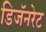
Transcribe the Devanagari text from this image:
डिजॅनरेट